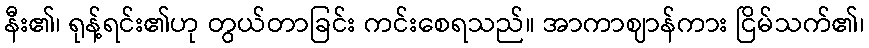
နီး၏၊ ရုန့်ရင်း၏ဟု တွယ်တာခြင်း ကင်းစေရသည်။ အာကာဈာန်ကား ငြိမ်သက်၏၊